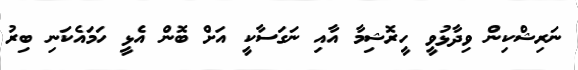
ނަރިޝްކިން ވިދާޅުވީ ހީރޮޝިމާ އާއި ނަގަސާކީ އަށް ބޮން އެޅީ ހަމައެކަނި ބިރު